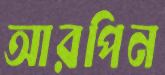
আরপিন